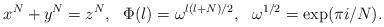
LaTeX: \begin{align*}x^N+y^N=z^N,~~\Phi(l)=\omega^{l(l+N)/2},~~\omega^{1/2}=\exp(\pi i/N).\end{align*}